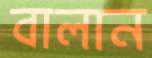
বালান